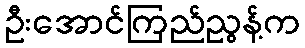
ဦးအောင်ကြည်ညွန့်က